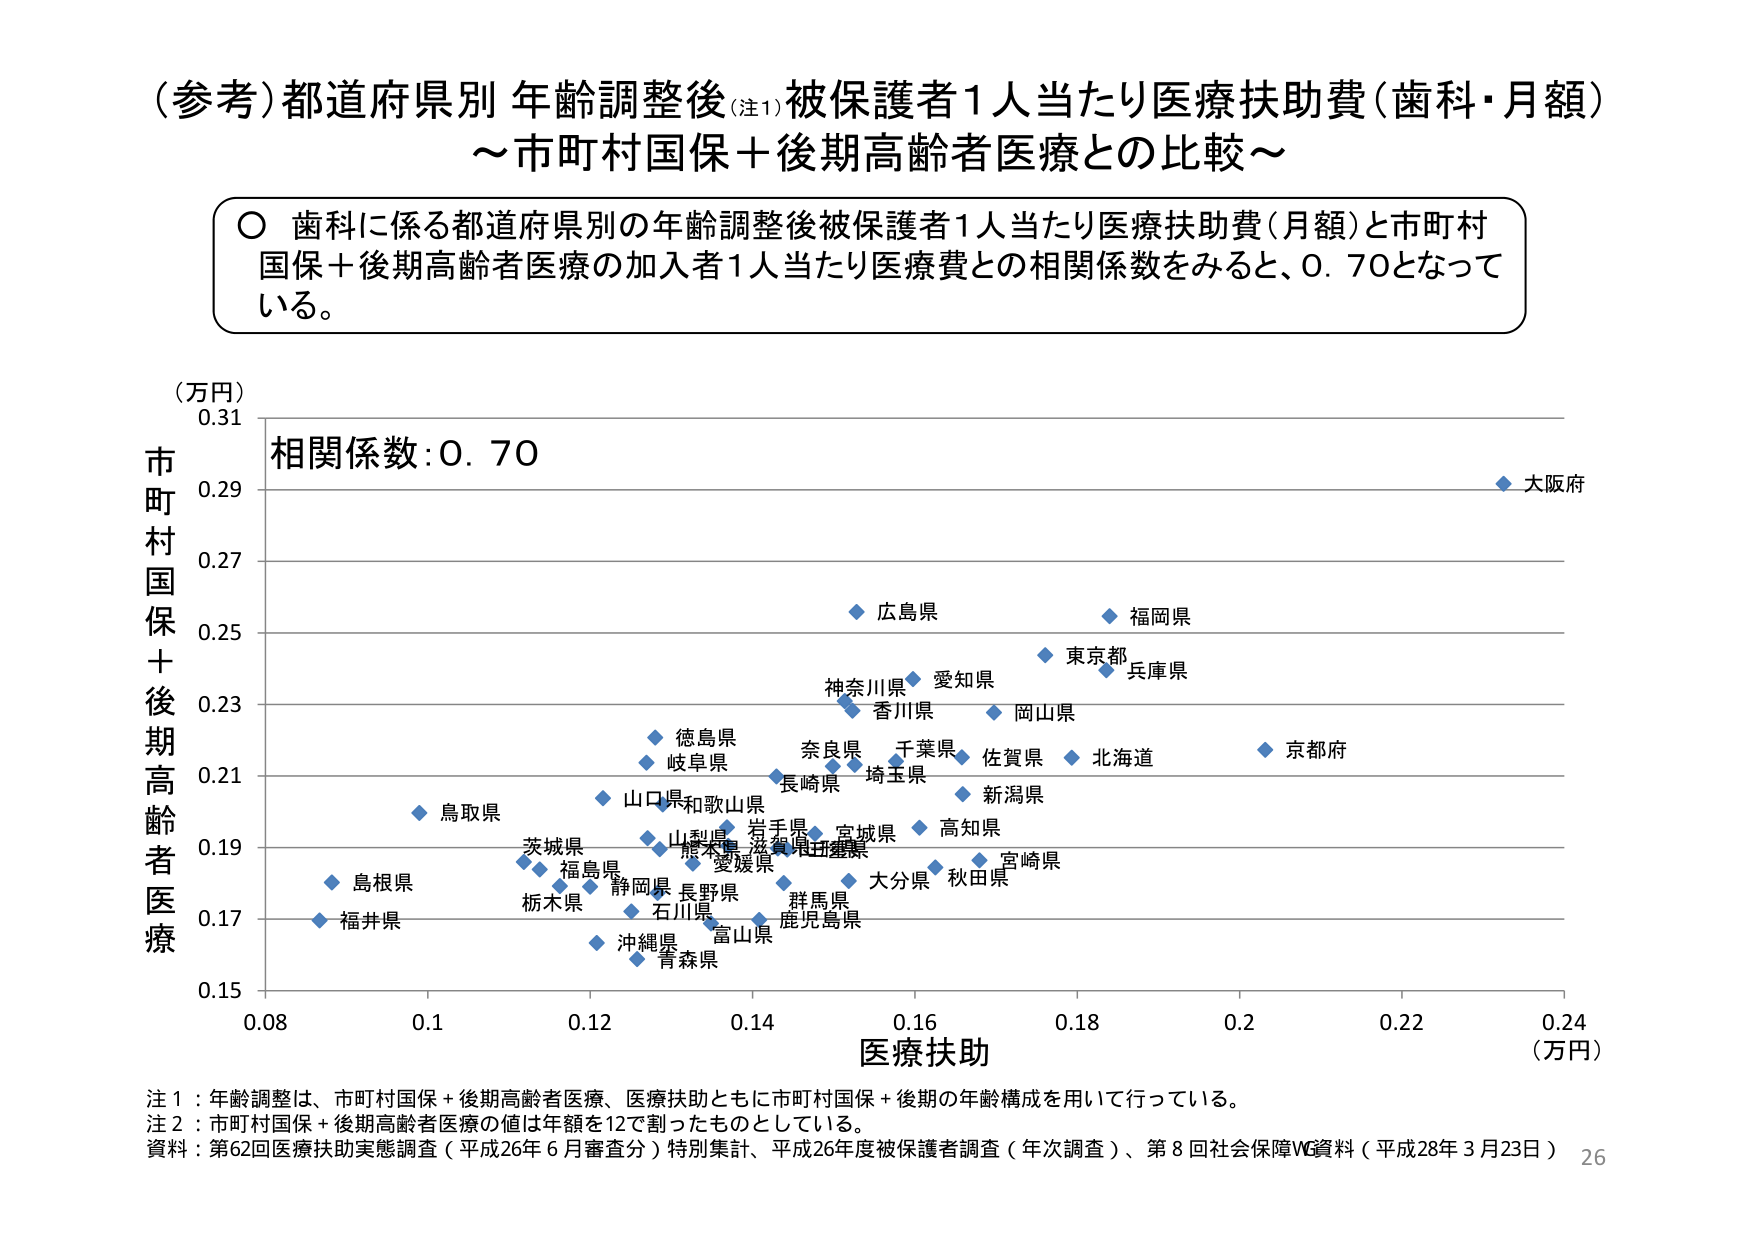
（参考）都道府県別 年齢調整後（注1）被保護者1人当たり医療扶助費（歯科・月額）
～市町村国保＋後期高齢者医療との比較～

〇 歯科に係る都道府県別の年齢調整後被保護者1人当たり医療扶助費（月額）と市町村国保＋後期高齢者医療の加入者1人当たり医療費との相関係数をみると、0.70となっている。

（万円）
0.31
市町村国保＋後期高齢者医療
0.29
相関係数：0.70
大阪府
0.27
広島県
福岡県
0.25
東京都
兵庫県
神奈川県
愛知県
0.23
香川県
岡山県
徳島県
奈良県
千葉県
佐賀県
北海道
京都府
0.21
岐阜県
長崎県
埼玉県
新潟県
山口県
和歌山県
高知県
0.19
鳥取県
山梨県
岩手県
宮城県
茨城県
熊本県
滋賀県
三重県
福島県
愛媛県
宮崎県
島根県
静岡県
長野県
大分県
秋田県
0.17
栃木県
石川県
群馬県
鹿児島県
福井県
富山県
沖縄県
0.15
青森県
0.08　　0.1　　0.12　　0.14　　0.16　　0.18　　0.2　　0.22　　0.24
医療扶助
（万円）

注1：年齢調整は、市町村国保＋後期高齢者医療、医療扶助ともに市町村国保＋後期の年齢構成を用いて行っている。
注2：市町村国保＋後期高齢者医療の値は年額を12で割ったものとしている。
資料：第62回医療扶助実態調査（平成26年6月審査分）特別集計、平成26年度被保護者調査（年次調査）、第8回社会保障W資料（平成28年3月23日）
26